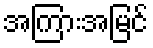
အကြားအမြင်